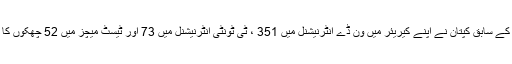
قومی کرکٹ ٹیم کے سابق کپتان نے اپنے کیریئر میں ون ڈے انٹرنیشنل میں 351 ، ٹی ٹونٹی انٹرنیشنل میں 73 اور ٹیسٹ میچز میں 52 چھکوں کا ریکارڈ بنایا تھا۔